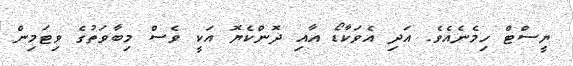
ޔީސްޓް ހިމެނެއެވެ. އަދި އެވަކާޑޯ އާއި ދޮންކެޔޮ އަކީ ވެސް މިބާވަތުގެ ވިޓަމިން